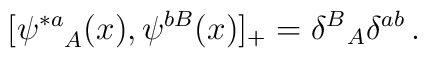
[{\psi^{*a}}_{A}(x), \psi^{bB}(x)]_+ = {\delta^B}_A\delta^{ab} \, .